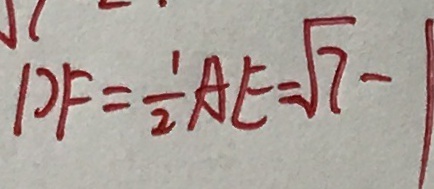
D F = \frac { 1 } { 2 } A E = \sqrt { 7 } - 1